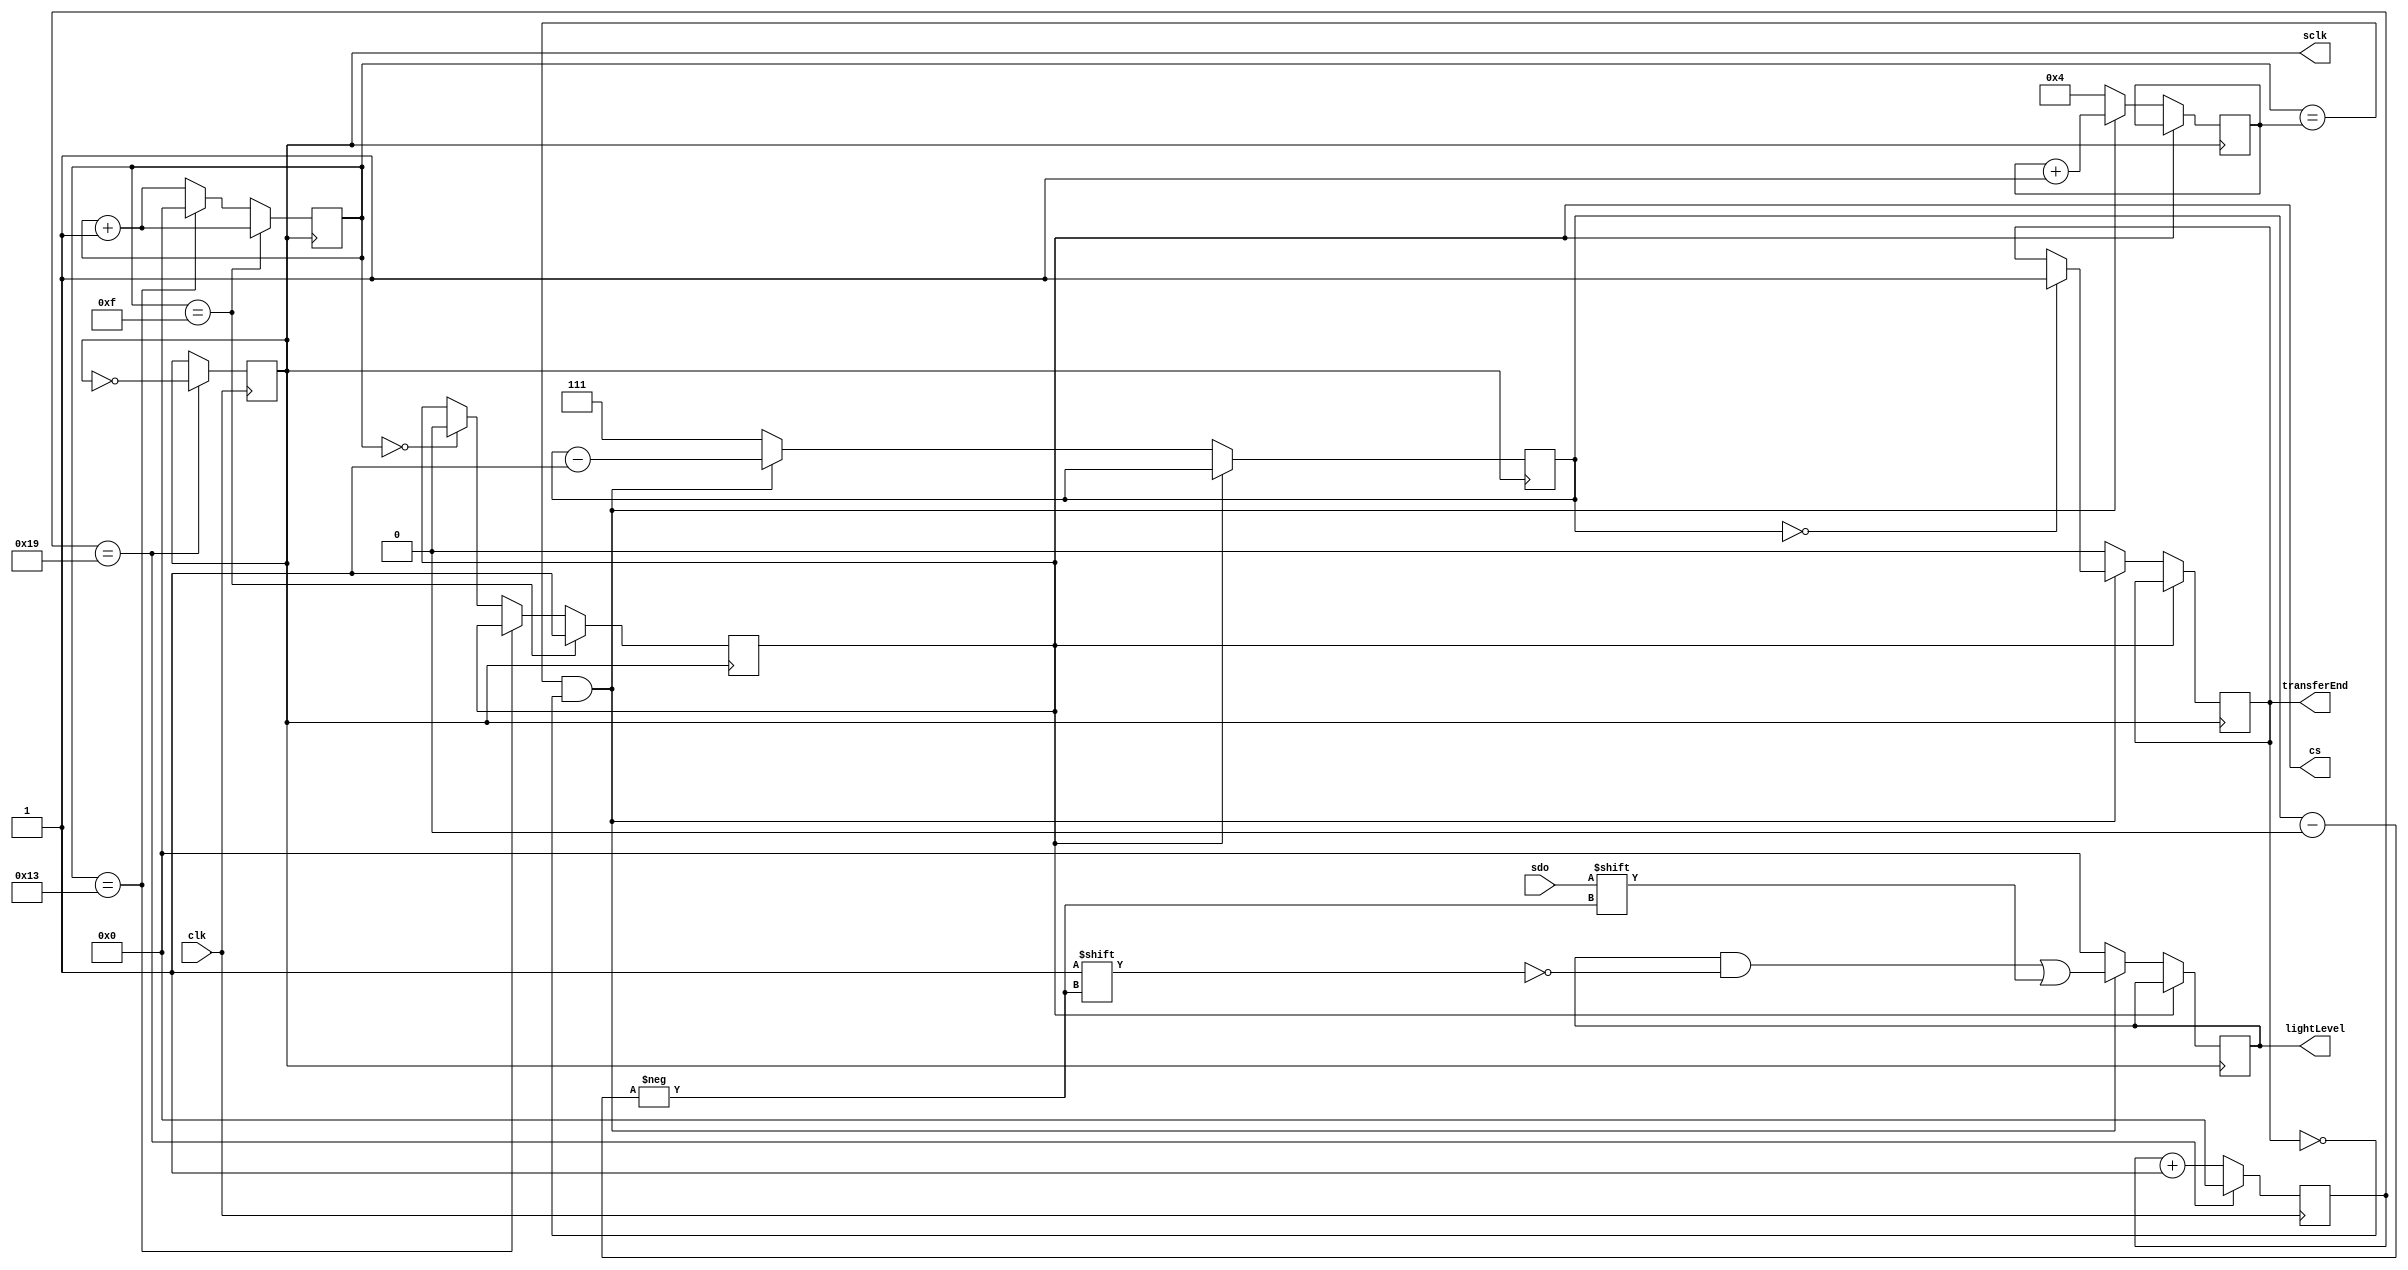
`timescale 1ns / 1ps

module als_interface(
    input clk,
    input sdo,
    output reg sclk = 1,
    output reg cs,
    output reg [7:0] lightLevel,
    output reg transferEnd
    );
    
    // Counter variables
    reg [7:0] count = 0;
    reg [7:0] data_count = 0;
    reg [3:0] internal_count;
    reg [2:0] bit_count = 3'b111;
    
    // Clock divider logic
    always @(posedge clk) begin
        if(count == 8'd25) begin
            count <= 8'd0;
            sclk <= ~sclk;
        end
        else
            count <= count + 8'd1;
    end
    
    // CS control logic
    always @(negedge sclk) begin
        if(data_count == 8'd15) begin
            cs <= 1'd1;
            data_count <= data_count + 1;
            end
        else if(data_count == 8'd19) begin
            data_count <= 8'd0;
            end
        else if(data_count == 8'd0) begin
            cs <= 1'd0;
            data_count <= data_count + 1;
            end
        else
            data_count <= data_count + 1;
    end
    
    // data transfer logic
    always @(negedge sclk) begin
    if((cs == 1'b0)) begin
        if ((data_count == internal_count) & (transferEnd == 1'b0)) begin
              lightLevel[bit_count] <= sdo;  // Sample data
              bit_count <= bit_count - 1;
              internal_count = internal_count + 16'd1;
              if (bit_count == 3'b000)
                    transferEnd   <= 1'b1;   // Byte done pulse
        end
        else begin
            // Default
            transferEnd   <= 1'b0;
            bit_count <= 3'b111;
            internal_count <= 16'd4;
            lightLevel <= 8'd0;
         end
        end
    end
    
endmodule